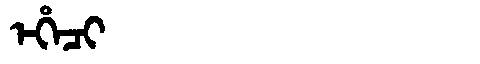
Manchu: ᡝᡥᡝᠴᡳ
Romanization: EHECI